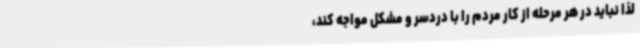
لذا نباید در هر مرحله‌ از کار مردم را با دردسر و مشکل مواجه کند،